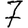
Digit: 7